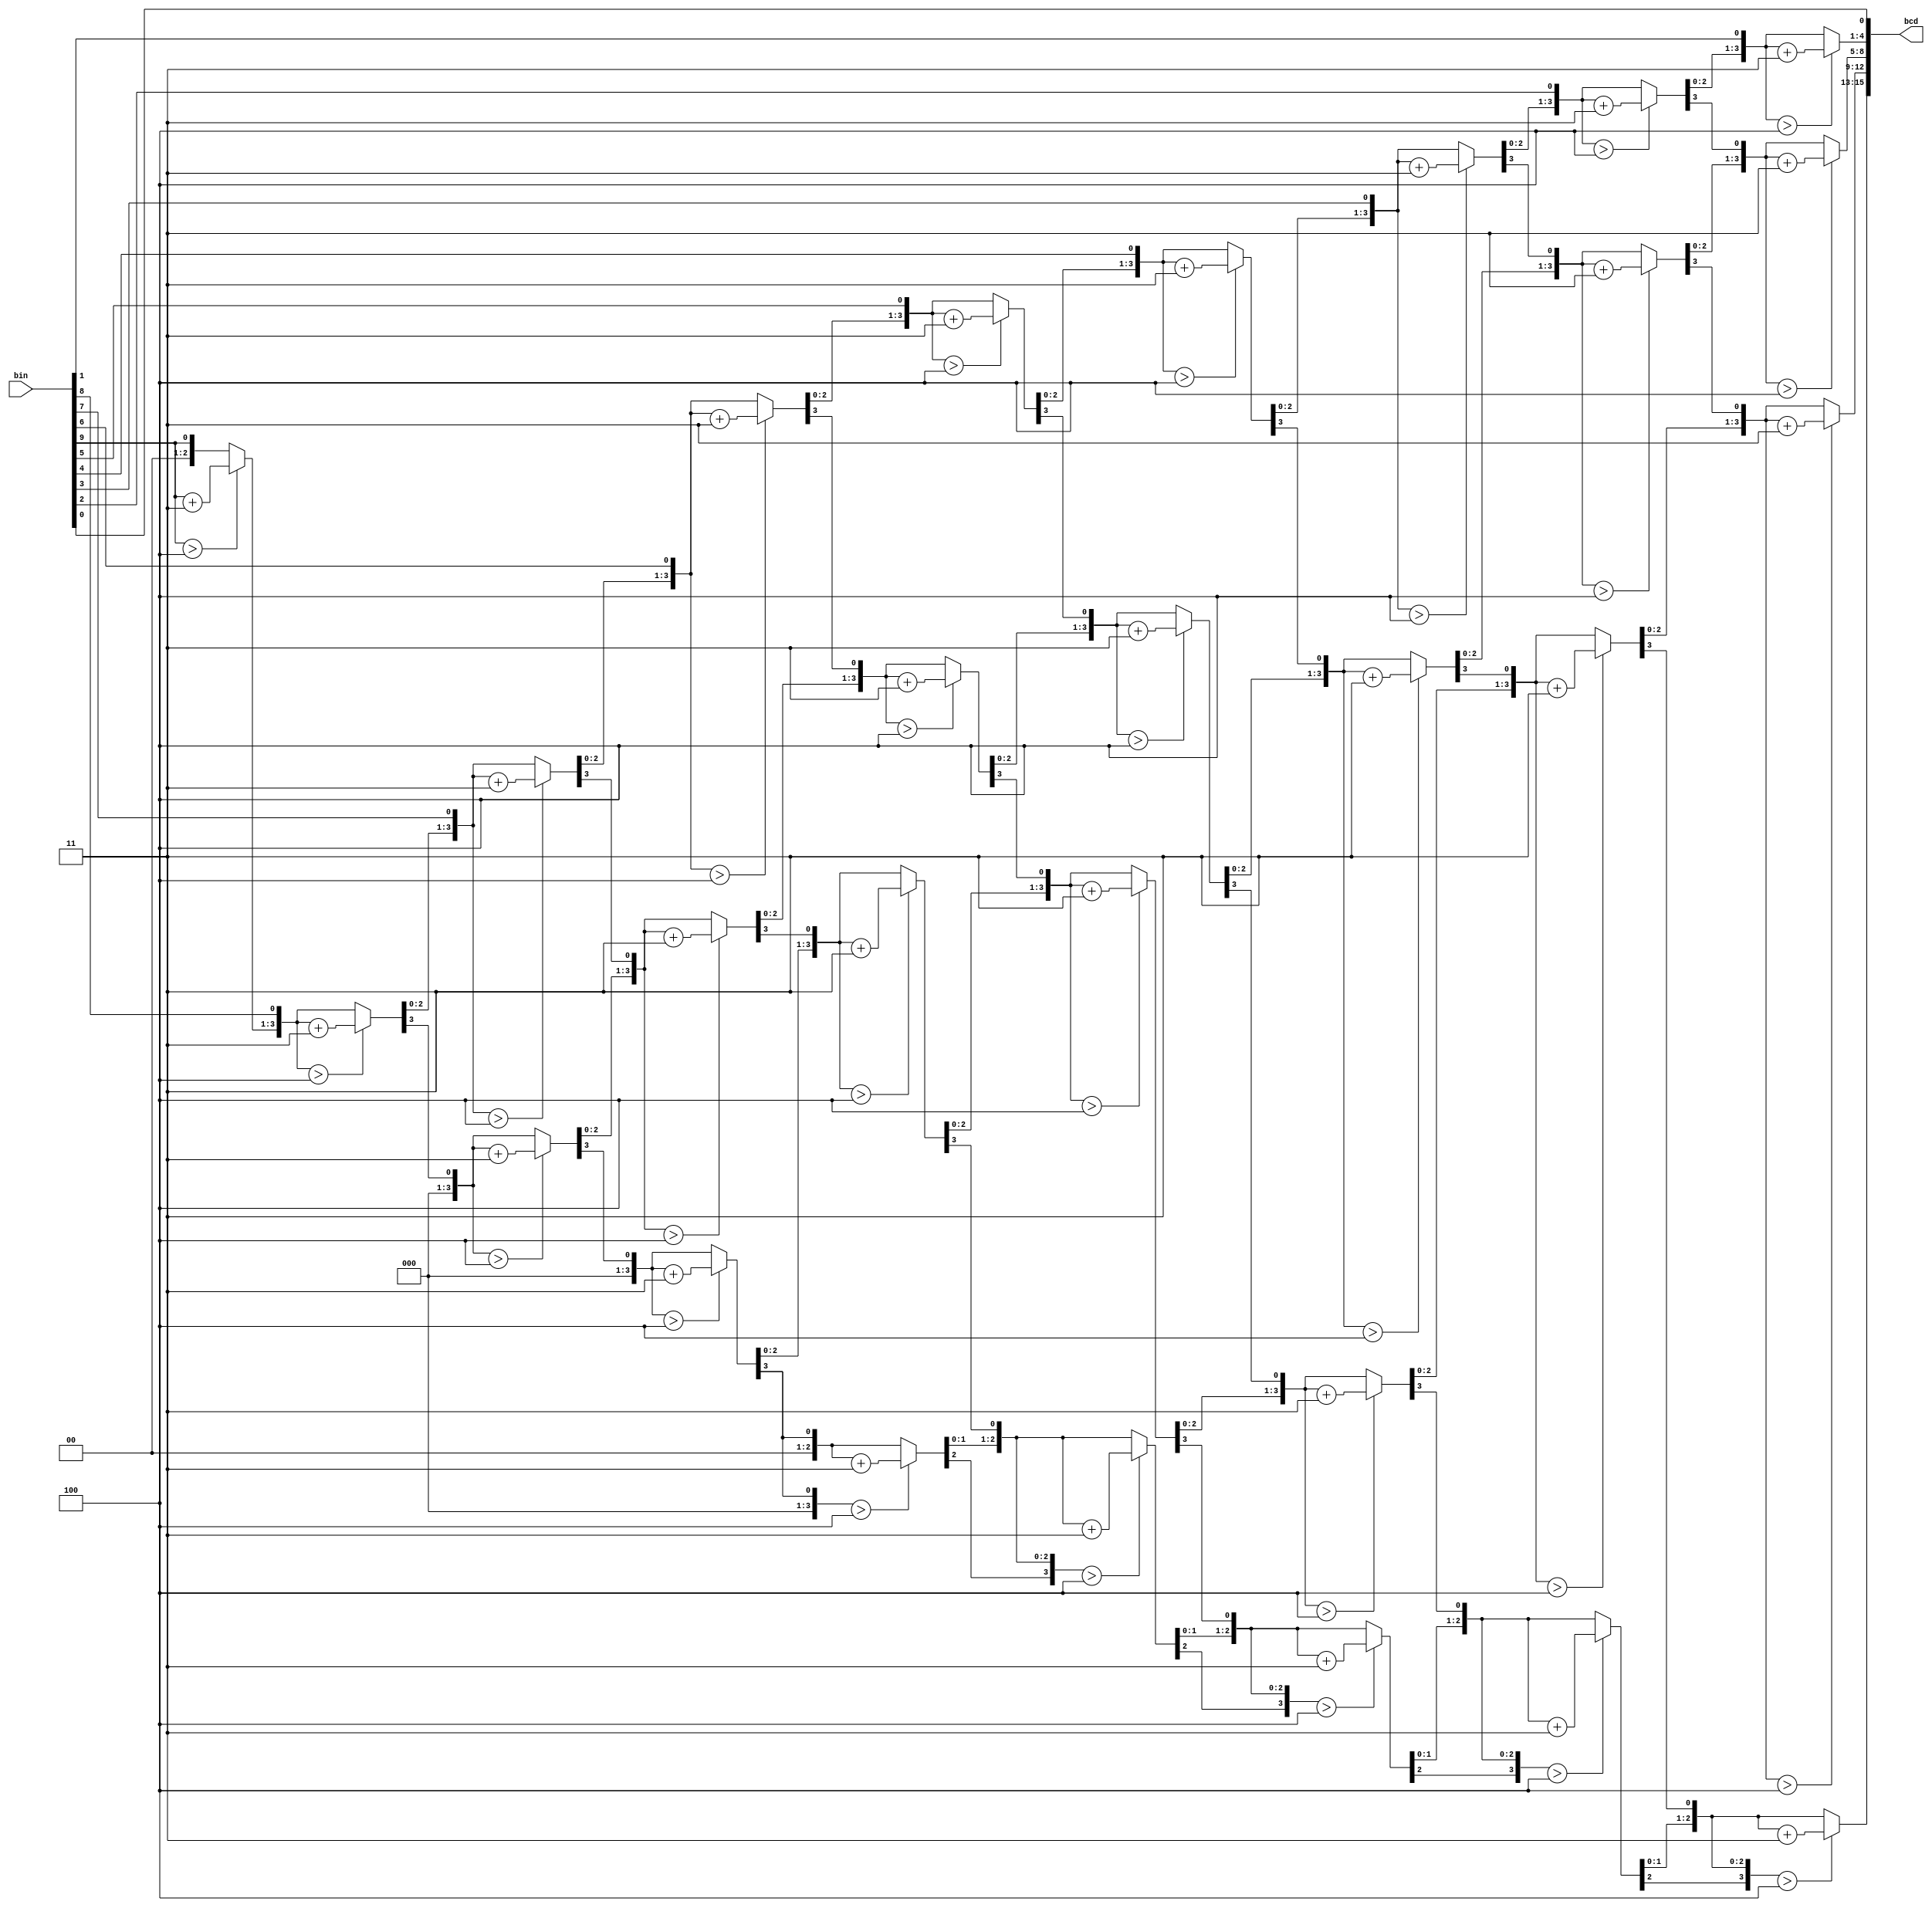
`timescale 1ns / 1ps
//////////////////////////////////////////////////////////////////////////////////
// Company: 
// Engineer: 
// 
// Design Name: 
// Module Name: converter
// Project Name: 
// Target Devices: 
// Tool Versions: 
// Description: 
// 
// Dependencies: 
// 
// Revision:
// Revision 0.01 - File Created
// Additional Comments:
// 
//////////////////////////////////////////////////////////////////////////////////


module converter(bin, bcd);
    input [9:0] bin;
    output [15:0] bcd;
    
    reg [15:0] bcd;
    reg [4:0] i;

     always @(bin)
        begin
            bcd = 0; 
            for (i = 0; i < 10; i = i+1) 
            begin
                bcd = {bcd[14:0],bin[9-i]};
                if(i < 9 && bcd[3:0] > 4) 
                    bcd[3:0] = bcd[3:0] + 3;
                if(i < 9 && bcd[7:4] > 4)
                    bcd[7:4] = bcd[7:4] + 3;
                if(i < 9 && bcd[11:8] > 4)
                    bcd[11:8] = bcd[11:8] + 3;
                if(i < 9 && bcd[15:12] > 4)
                    bcd[15:12] = bcd[15:12] + 3;
            end
        end     
                
endmodule    
    
    
//    wire [9:0] millisecond;
//    wire [5:0] minute, second;
//    wire [6:0] hour;
    
//    // Spliced the jits into their respective categories
//    assign millisecond = myTime[9:0];
//    assign second = myTime[15:10];
//    assign minute = myTime[21:16];
//    assign hour = myTime[28:22];
    
//    // Millisecond conversion??
//    wire[4:0] hundredPlace;
//    wire[4:0] tenPlace;
//    wire[4:0] onePlace;
//    assign hundredPlace = millisecond / 100; //hopefully this is integer division
//    assign tenPlace = (millisecond % 100) / 10;
//    assign onePlace = millisecond % 10;
    
    
//    // Second conversion??
//    wire[4:0] tenPlaceS;
//    wire[4:0] onePlaceS;
//    assign tenPlaceS = second / 10;
//    assign onePlaceS = second % 10;
    
//    // minute conversion??
//    wire[4:0] tenPlaceM;
//    wire[4:0] onePlaceM;
//    assign tenPlaceM = second / 10;
//    assign onePlaceM = second % 10;